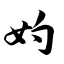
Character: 妁